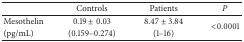
<table><thead><tr><td><b> </b></td><td><b>Controls</b></td><td><b>Patients</b></td><td><b><i>P</i></b></td></tr></thead><tbody><tr><td>Mesothelin</td><td>0.19 ± 0.03</td><td>8.47 ± 3.84</td><td rowspan="2">&lt;0.0001</td></tr><tr><td>(pg/mL)</td><td>(0.159–0.274)</td><td>(1–16)</td></tr></tbody></table>